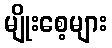
မျိုးစေ့များ